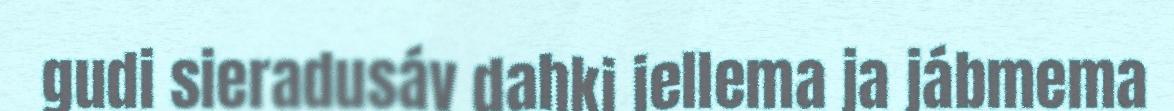
gudi sieradusáv dahki iellema ja jábmema